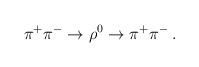
LaTeX: \begin{align*}\pi^{+}\pi^{-}\rightarrow\rho^{0}\rightarrow\pi^+\pi^-\,.\end{align*}